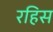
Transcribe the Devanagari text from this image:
रहिस